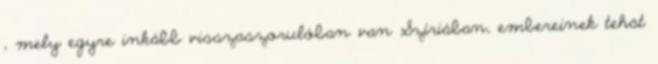
, mely egyre inkább visszaszorulóban van Szíriában, embereinek tehát